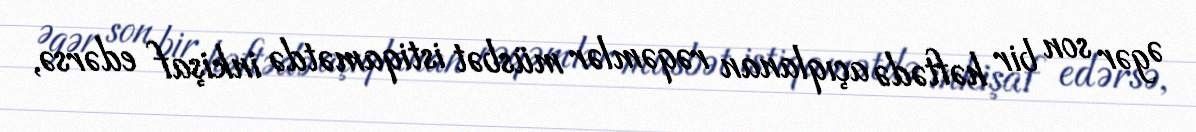
Əgər son bir həftədə açıqlanan rəqəmlər müsbət istiqamətdə inkişaf edərsə,